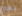
بخير